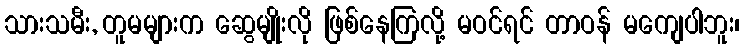
သားသမီး, တူမများက ဆွေမျိုးလို ဖြစ်နေကြလို့ မဝင်ရင် တာဝန် မကျေပါဘူး၊